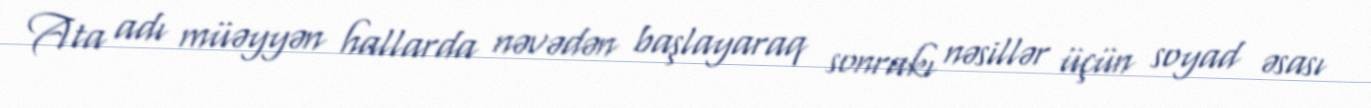
Ata adı müəyyən hallarda nəvədən başlayaraq sonrakı nəsillər üçün soyad əsası